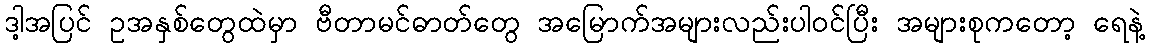
ဒါ့အပြင် ဥအနှစ်တွေထဲမှာ ဗီတာမင်ဓာတ်တွေ အမြောက်အများလည်းပါဝင်ပြီး အများစုကတော့ ရေနဲ့